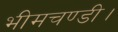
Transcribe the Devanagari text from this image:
भीमचण्डी।